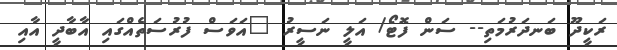
ރަކީދޫ ބަނދަރުމަތި-- ސަން ފޮޓޯ/ އަލީ ނަސީރު "އަވަސް ފުރުސަތެއްގައި އާބާދީ އާއި